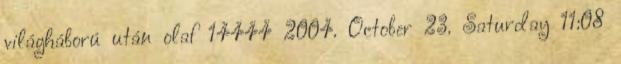
világháború után olaf 14444 2004. October 23. Saturday 11:08